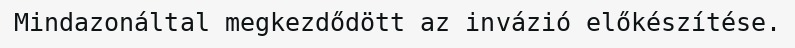
Mindazonáltal megkezdődött az invázió előkészítése.